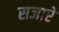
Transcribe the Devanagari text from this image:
सजाएें